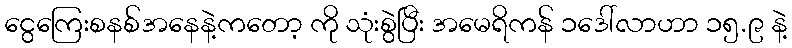
ငွေကြေးစနစ်အနေနဲ့ကတော့ ကို သုံးစွဲပြီး အမေရိကန် ၁ဒေါ်လာဟာ ၁၅.၉ နဲ့